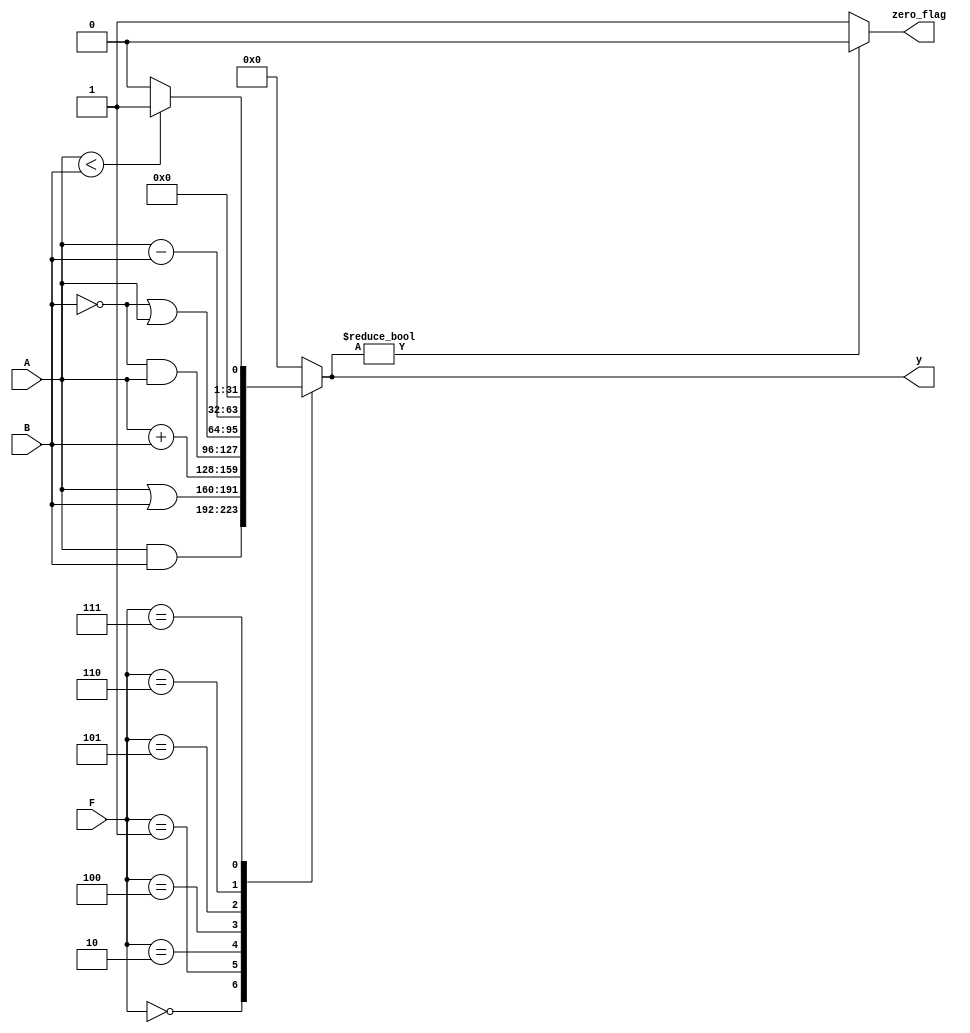

/* ------------- arithmetic logic unit ---------------- */
// ALU perform some logical and arithmetic operations which help excution of the program.
/*
      F                 function
     000                A and B
     001                A or B
     010                A + B
     011                not used
     100                A and (not B)
     101                A or (not B)
     110                A - B
     111                SLT
*/
// SLT instruction set the output to one only if A < B othewise the output equal zero.

module ALU (A,B,F,y,zero_flag);
  
  input [31:0] A; // 32-bit input to the ALU (operand)
  input [31:0] B; // 32-bit input to the ALU (operand)
  input [2:0] F; // 3-bit selector to select which operation to perform
  
  output [31:0] y; // 32-bit output of the ALU
  output zero_flag; // flag which is asserted when the output y equal to zero
  
  reg [31:0] y; // 32-bit output of the ALU
  reg [32:0] buffer = {1'b0,32'h00000000}; // buufer to temporary save addition result to avoid overflow. 
  
  always @ (F or A or B) // combinational logic with inputs F,A,B
  begin
    case (F) 
      3'b000: // in case of F= 000 ==> y=A&b
        begin
          y = A & B;
        end
      
      3'b001: // in case of F=001 ==> y=A|B
        begin
          y = A | B;
        end
      
      3'b010: // in case of F==010 ==> y=A+B
        begin
          buffer = {1'b0,A} + B; // put the result of two 31-bit number addition in 32-bit to avoid overflow
          y = buffer [31:0]; // assign y to the lower 31-bit of the buffer
        end
      
      3'b100: // in case of F=100 ==> y= A&(~B)
        begin
          y = (~B) & A;
        end
      
      3'b101: // in case of F=101 ==> y=A|(~B)
        begin
          y = (~B) | A;
        end
      
      3'b110: // in case of F=110 ==> y=A-B
        begin
          y = A - B;
        end
      
      3'b111: // in case of F=111 ==> set the output to one only if A<B
        begin
          if ( A < B )  y = 32'h00000001;
          
          else y = 32'h00000000;
        end
      
      default: // default case is the output y=0
        begin
          y = 32'h00000000;
        end
    endcase
  end
  
  assign zero_flag = (y) ? 1'b0:1'b1; // zero_flag indicate if the output equal zero or not

endmodule